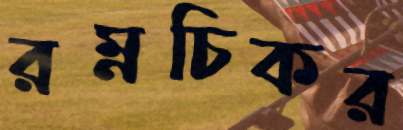
রম্নচিকর